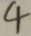
4